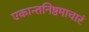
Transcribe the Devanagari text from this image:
एकान्तनिष्ठमाचारं